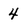
Character: 4